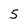
Character: 5